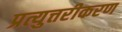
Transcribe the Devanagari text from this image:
प्रत्युत्तरीकरण